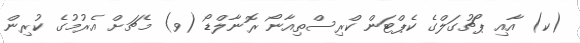
(ކ) އާއި ޕޯޗުގަލްގެ ކެޕްޓަން ކްރިސްތިއާނޯ ރޮނާލްޑޯ (ވ) މެޗަށް އެރުމުގެ ކުރިން